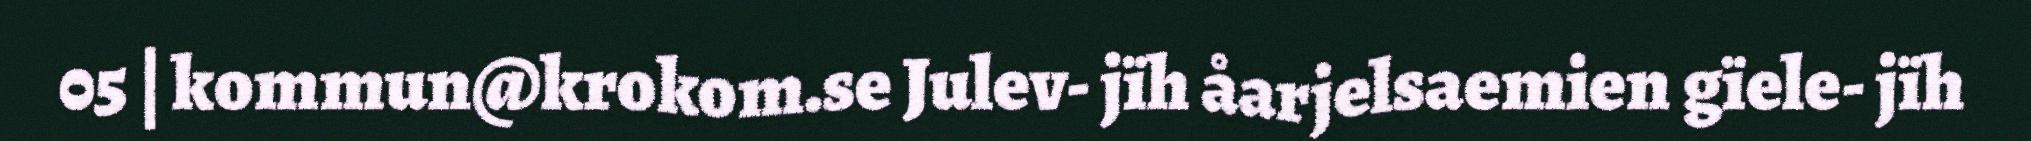
05 | kommun@krokom.se Julev- jïh åarjelsaemien gïele- jïh